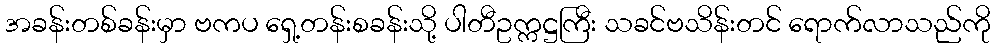
အခန်းတစ်ခန်းမှာ ဗကပ ရှေ့တန်းစခန်းသို့ ပါတီဥက္ကဋ္ဌကြီး သခင်ဗသိန်းတင် ရောက်လာသည်ကို